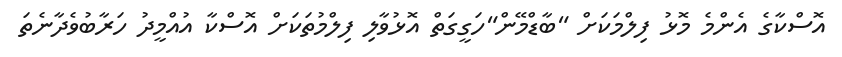
އޮސްކާގެ އެންމެ މޮޅު ފިލްމަކަށް "ބާޑްމޭން"ހަގީގަތް އޮޅުވާލި ފިލްމުތަކަށް އޮސްކާ އުއްމީދު ހަރާބުވެދާނެތަ